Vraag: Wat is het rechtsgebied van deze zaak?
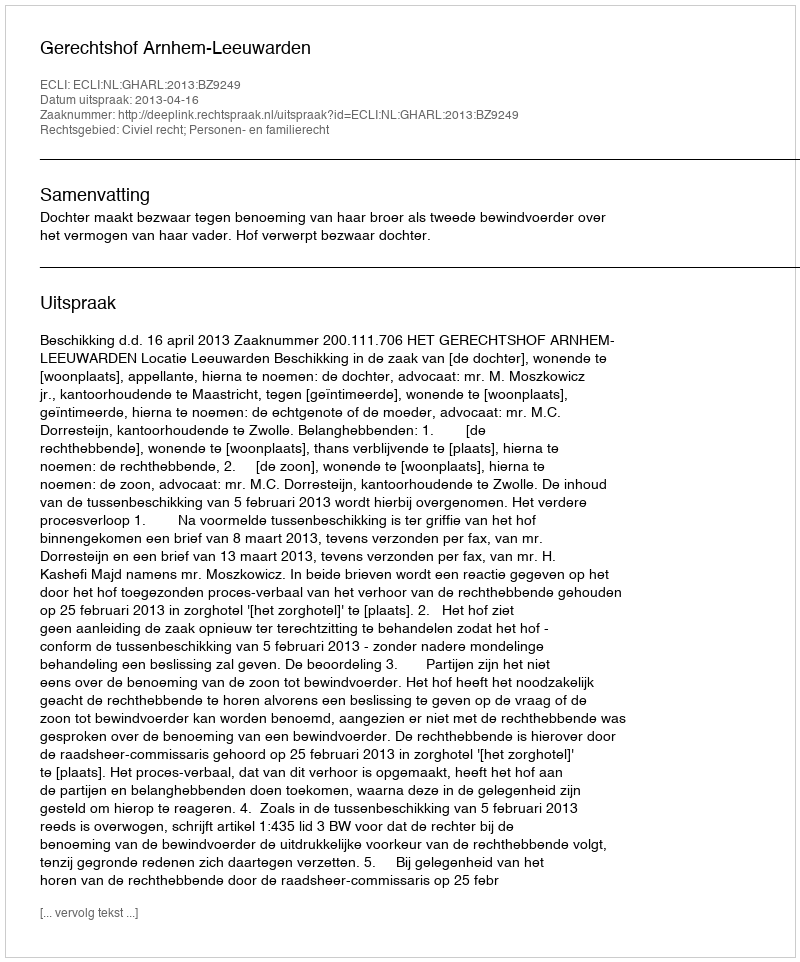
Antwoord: Civiel recht; Personen- en familierecht